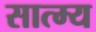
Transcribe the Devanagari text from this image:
सात्म्य